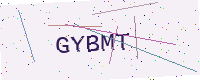
Text: GYBMT